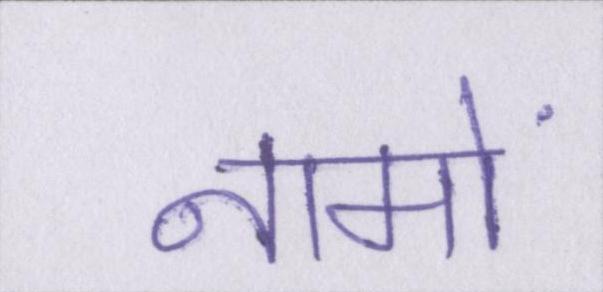
नामों